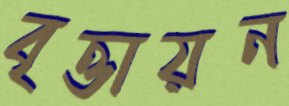
বৃত্তায়ন